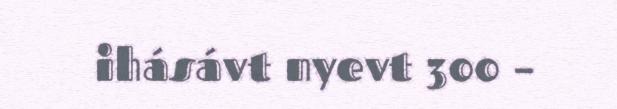
ihásávt nyevt 300 –